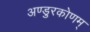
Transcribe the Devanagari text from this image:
अण्डुरकोणम्